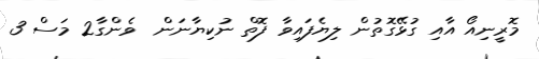
މޮރީނިއޯ އާއި ގުޅޭގޮތުން ލިޔެފައިވާ ފޮތް ނުކިޔާނަން  ވެންގާ2 މަސް 3